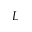
L